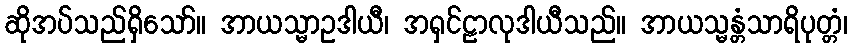
ဆိုအပ်သည်ရှိသော်။ အာယသ္မာဥဒါယီ၊ အရှင်ဠာလုဒါယီသည်။ အာယသ္မန္တံသာရိပုတ္တံ၊